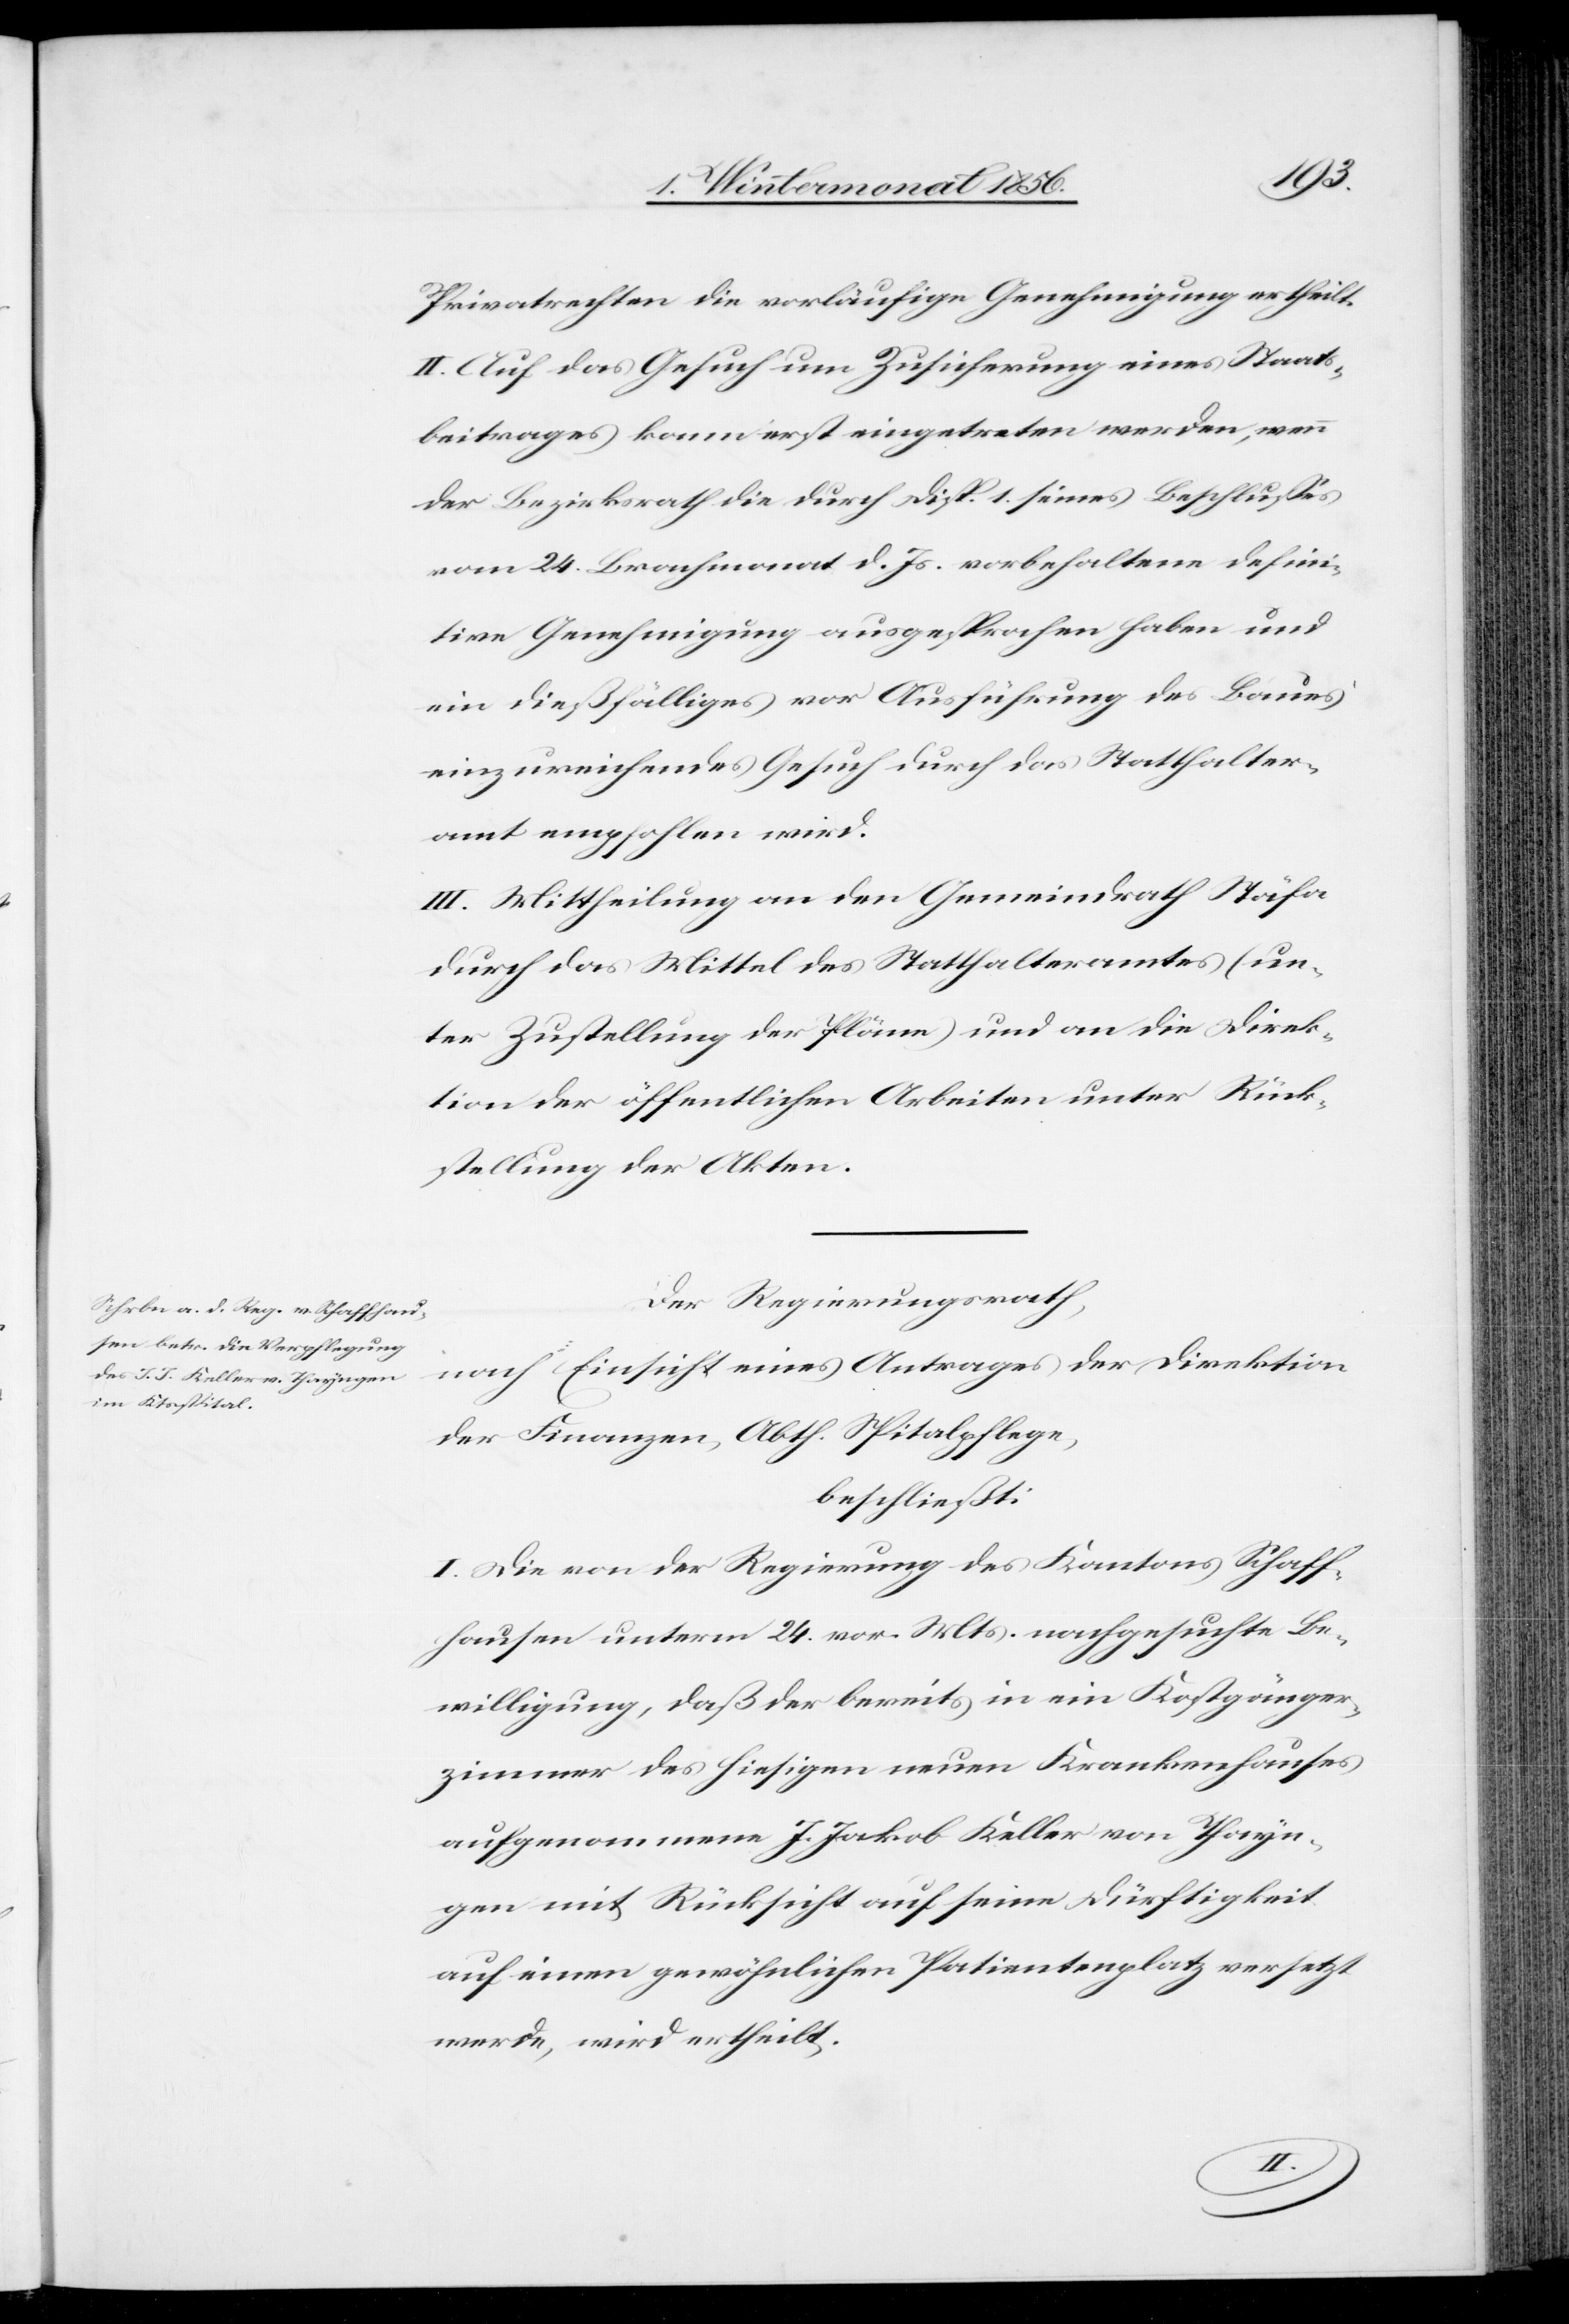
Privatrechten die vorläufige Genehmigung ertheilt.
II. Auf das Gesuch um Zusicherung eines Staats¬
beitrages kann erst eingetreten werden, wenn
der Bezirksrath die durch Disp. 1. seines Beschlusses
vom 24. Brachmonat d. Js. vorbehaltene defini¬
tive Genehmigung ausgesprochen haben und
ein dießfälliges vor Ausführung des Baues
einzureichendes Gesuch durch das Statthalter¬
amt empfohlen wird.
III. Mittheilung an den Gemeindrath Stäfa
durch das Mittel des Statthalteramtes (un¬
ter Zustellung der Pläne) und an die Direk¬
tion der öffentlichen Arbeiten unter Rück¬
stellung der Akten.
Der Regierungsrath,
nach Einsicht eines Antrages der Direktion
der Finanzen, Abth. Spitalpflege,
beschließt:
I. Die von der Regierung des Kantons Schaff¬
hausen unterm 24. vor. Mts. nachgesuchte Be¬
willigung, daß der bereits in ein Kostgänger¬
zimmer des hiesigen neuen Krankenhauses
aufgenommene J. Jakob Keller von Thayn¬
gen mit Rücksicht auf seine Dürftigkeit
auf einen gewöhnlichen Patientenplatz versetzt
werde, wird ertheilt.